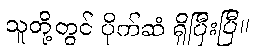
သူတို့တွင် ပိုက်ဆံ ရှိပြီးပြီ။